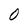
Character: 0